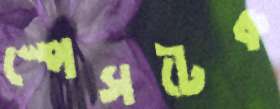
স্পেসটেক